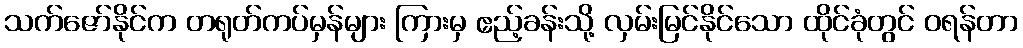
သက်ဇော်နိုင်က တရုတ်ကပ်မှန်များ ကြားမှ ဧည့်ခန်းသို့ လှမ်းမြင်နိုင်သော ထိုင်ခုံတွင် ဝရန်တာ